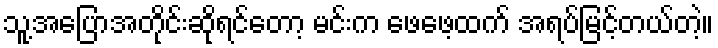
သူ့အပြောအတိုင်းဆိုရင်တော့ မင်းက ဖေဖေ့ထက် အရပ်မြင့်တယ်တဲ့။